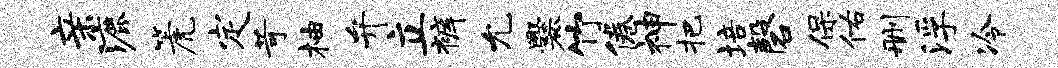
亲漉篪定苛柚弁立裤允爨竹倦神把培磬保佑删浮冷